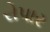
રોપાર